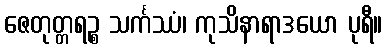
ဇေတုတ္တရဉ္စ သင်္ကဿံ၊ ကုသိနာရာဒယော ပုရီ။